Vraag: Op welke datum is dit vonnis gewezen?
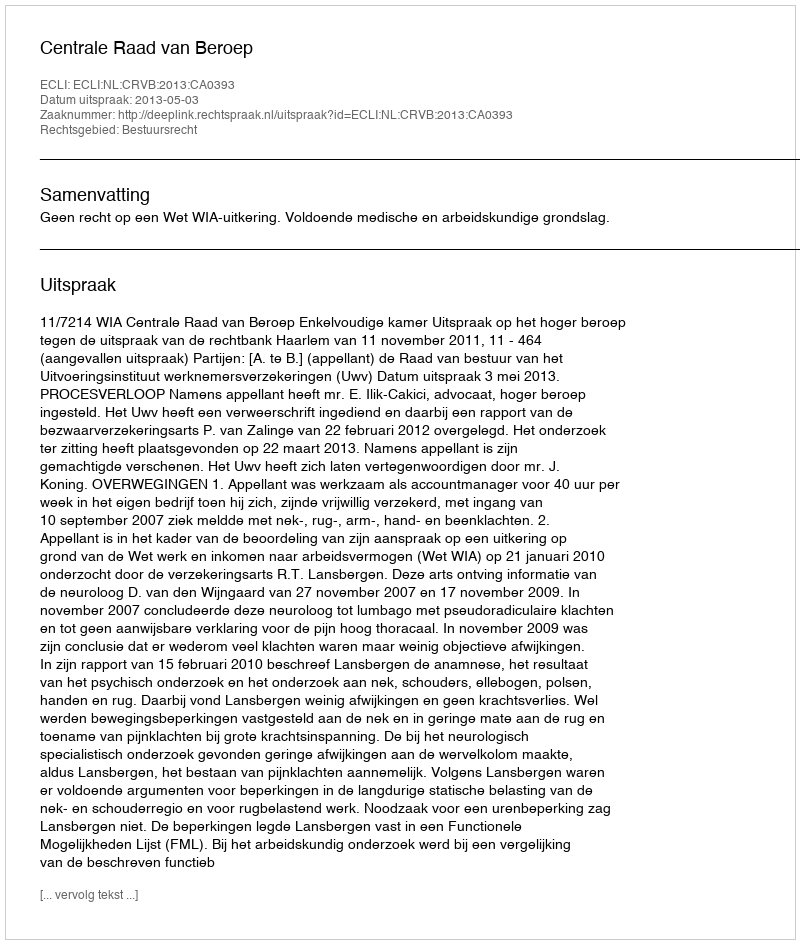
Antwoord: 2013-05-03